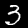
Digit: 3